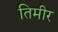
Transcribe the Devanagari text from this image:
तिमीर